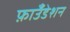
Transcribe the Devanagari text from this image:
फ़ाउँडेशन